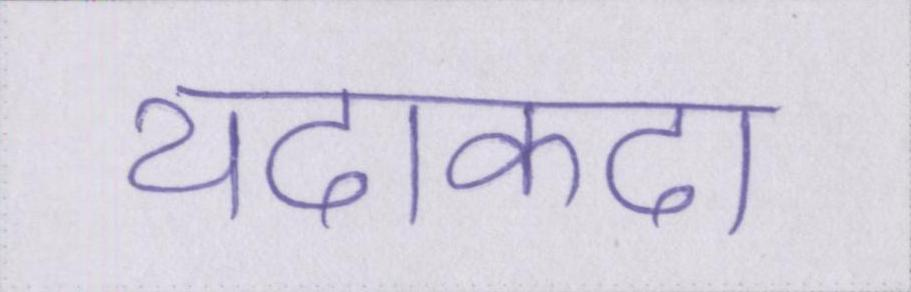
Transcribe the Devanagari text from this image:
यदाकदा